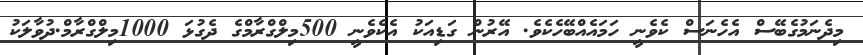
މިދެނަމުގެބޭސް އެހެނަސް ކެވެނީ ހަމައެއްބޭހެކެވެ. އޭރުން ގަޑިއަކު އެކެވެނީ 500މިލްގްރާމްގެ ދެގުޅަ 1000މިލްގްރާމް.ދުވާލަކު